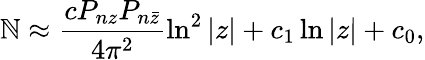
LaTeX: \mathbb{N}\approx\frac{{cP_{nz}P_{n\bar{{z}}}}}{{4\pi^{2}}}\ln^{2}|z|+c_{1}\ln|z|+c_{0},